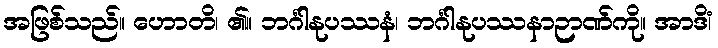
အဖြစ်သည်။ ဟောတိ၊ ၏။ ဘင်္ဂါနုပဿနံ၊ ဘင်္ဂါနုပဿနာဉာဏ်ကို။ အာဒိံ၊